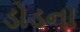
ડોડના